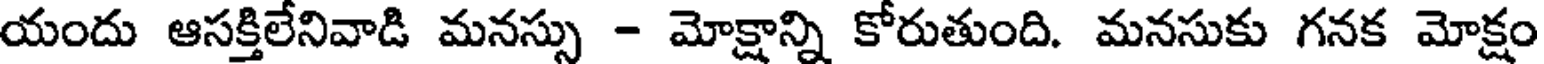
యందు ఆసక్తిలేనివాడి మనస్సు - మోక్షాన్ని కోరుతుంది. మనసుకు గనక మోక్షం